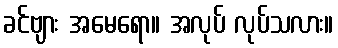
ခင်ဗျား အမေရော။ အလုပ် လုပ်သလား။